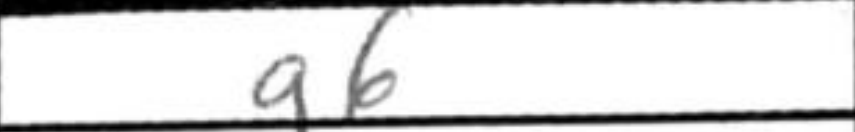
Transcription: g6